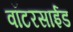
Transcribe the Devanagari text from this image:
वॉटरसाईड